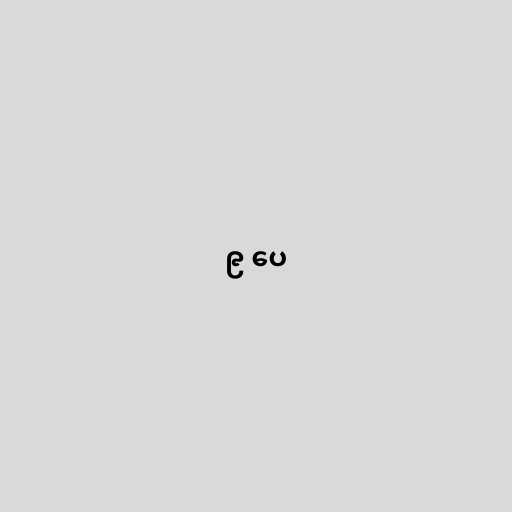
၉ ပေ